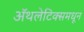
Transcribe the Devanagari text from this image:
ॲथलेटिक्समधून